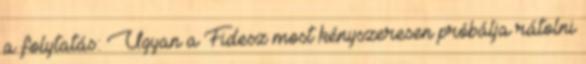
a folytatás: Ugyan a Fidesz most kényszeresen próbálja rátolni